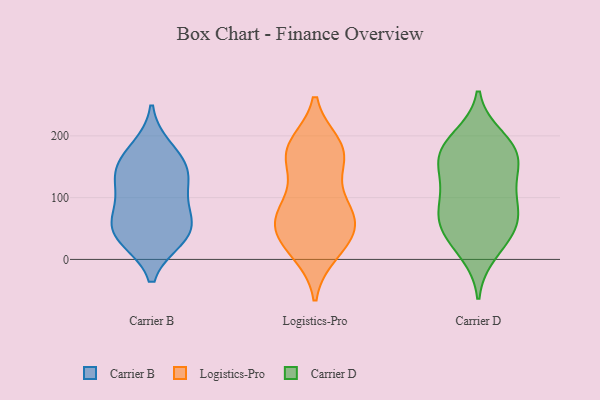
{"axis": {"x": "Website Visitors", "y": "Value"}, "legend": ["Carrier B", "Carrier D", "Logistics-Pro"], "data": [{"x": "", "y": 108, "type": "Carrier B"}, {"x": "", "y": 80, "type": "Carrier B"}, {"x": "", "y": 49, "type": "Carrier B"}, {"x": "", "y": 178, "type": "Carrier B"}, {"x": "", "y": 55, "type": "Carrier B"}, {"x": "", "y": 141, "type": "Carrier B"}, {"x": "", "y": 36, "type": "Carrier B"}, {"x": "", "y": 154, "type": "Carrier B"}, {"x": "", "y": 35, "type": "Carrier B"}, {"x": "", "y": 137, "type": "Carrier B"}, {"x": "", "y": 168, "type": "Logistics-Pro"}, {"x": "", "y": 179, "type": "Logistics-Pro"}, {"x": "", "y": 11, "type": "Logistics-Pro"}, {"x": "", "y": 186, "type": "Logistics-Pro"}, {"x": "", "y": 79, "type": "Logistics-Pro"}, {"x": "", "y": 80, "type": "Logistics-Pro"}, {"x": "", "y": 33, "type": "Logistics-Pro"}, {"x": "", "y": 65, "type": "Logistics-Pro"}, {"x": "", "y": 111, "type": "Logistics-Pro"}, {"x": "", "y": 10, "type": "Logistics-Pro"}, {"x": "", "y": 160, "type": "Logistics-Pro"}, {"x": "", "y": 44, "type": "Logistics-Pro"}, {"x": "", "y": 54, "type": "Logistics-Pro"}, {"x": "", "y": 186, "type": "Logistics-Pro"}, {"x": "", "y": 163, "type": "Logistics-Pro"}, {"x": "", "y": 45, "type": "Logistics-Pro"}, {"x": "", "y": 77, "type": "Logistics-Pro"}, {"x": "", "y": 164, "type": "Carrier D"}, {"x": "", "y": 181, "type": "Carrier D"}, {"x": "", "y": 34, "type": "Carrier D"}, {"x": "", "y": 11, "type": "Carrier D"}, {"x": "", "y": 149, "type": "Carrier D"}, {"x": "", "y": 72, "type": "Carrier D"}, {"x": "", "y": 167, "type": "Carrier D"}, {"x": "", "y": 180, "type": "Carrier D"}, {"x": "", "y": 42, "type": "Carrier D"}, {"x": "", "y": 122, "type": "Carrier D"}, {"x": "", "y": 65, "type": "Carrier D"}, {"x": "", "y": 86, "type": "Carrier D"}, {"x": "", "y": 68, "type": "Carrier D"}, {"x": "", "y": 116, "type": "Carrier D"}, {"x": "", "y": 197, "type": "Carrier D"}]}